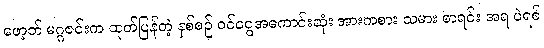
ဖော့ဘ် မဂ္ဂဇင်းက ထုတ်ပြန်တဲ့ နှစ်စဉ် ဝင်ငွေအကောင်းဆုံး အားကစား သမား စာရင်း အရ ပဲရစ်